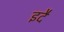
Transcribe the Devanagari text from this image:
इदै